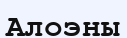
Алоэны